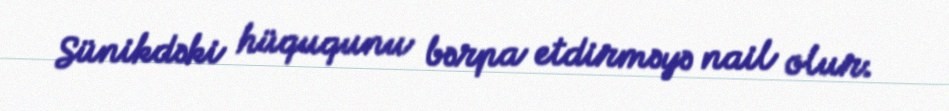
Sünikdəki hüququnu bərpa etdirməyə nail olur.